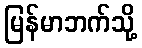
မြန်မာဘက်သို့